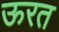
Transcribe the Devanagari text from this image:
ऊरत